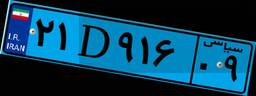
۴۹D۸۰۳۸۸